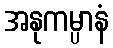
အနုကမ္ပာနံ